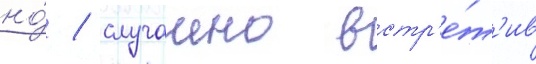
но́ / случаино встр'е́т'ив